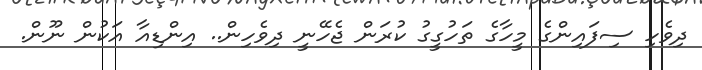
ދިވެހި ސިފައިންގެ މީހާގެ ތަހުގީގު ކުރަން ޖެހޭނީ ދިވެހިން.. އިންޑިއާ އަކުން ނޫން.